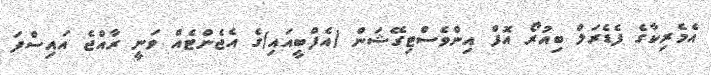
އެމެރިކާގެ ފެޑެރަލް ބިއުރޯ އޮފް އިންވެސްޓިގޭޝަން (އެފްބީއައި)ގެ އެޖެންޓެއް ވަނީ ރާއްޖެ އައިސްފަ